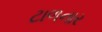
ટાળનાર